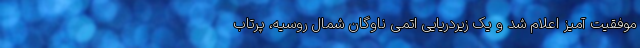
موفقیت آمیز اعلام شد و یک زیردریایی اتمی ناوگان شمال روسیه، پرتاب